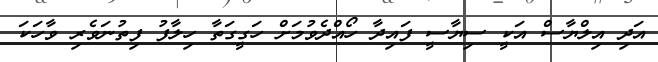
އަދި އިލްޔާސް އަކީ ސިޔާސީ ފައިދާ ހޯއްދެވުމަށް ހަގީގަތާ ހިލާފު ފިތުނަވެރި ވާހަކަ